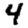
Digit: 4